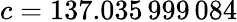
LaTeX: c=137.035\, 999\, 084